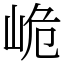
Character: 峗